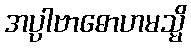
အပ္ပါဗာဓောဟမသ္မိ